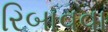
રિબાવવા